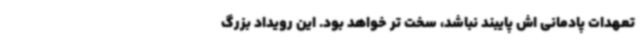
تعهدات پادمانی اش پایبند نباشد، سخت تر خواهد بود. این رویداد بزرگ